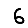
Digit: 6